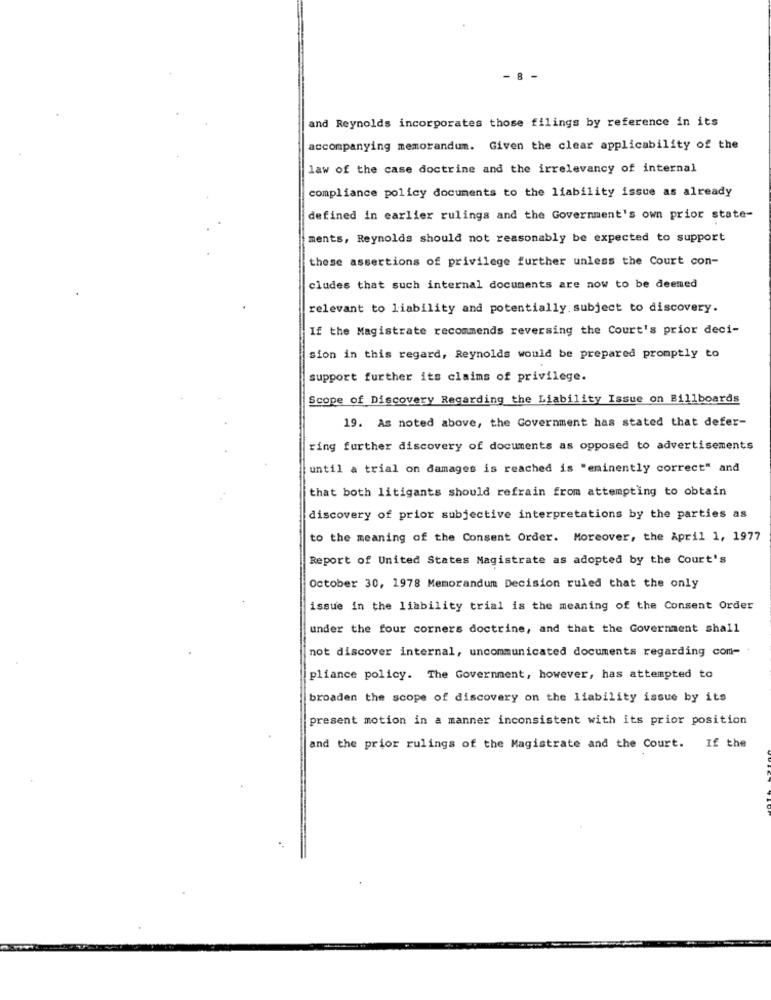
- 8 -
and Reynolds incorporates those filings by reference in its
accompanying memorandum. Given the clear applicability of the
law of the case doctrine and the irrelevancy of internal
compliance policy documents to the liability issue as already
defined in earlier rulings and the Government's own prior state-
ments, Reynolds should not reasonably be expected to support
these assertions of privilege further unless the Court con-
cludes that such internal documents are now to be deemed
relevant to liability and potentially. subject to discovery.
If the Magistrate recommends reversing the Court's prior deci-
sion in this regard, Reynolds would be prepared promptly to
support further its claims of privilege.
Scope of Discovery Regarding the Liability Issue on Billboards
19. As noted above, the Government has stated that defer-
ring further discovery of documents as opposed to advertisements
until a trial on damages is reached is "eminently correct" and
that both litigants should refrain from attempting to obtain
discovery of prior subjective interpretations by the parties as
to the meaning of the Consent Order. Moreover, the April 1, 1977
Report of United States Magistrate as adopted by the Court's
October 30, 1978 Memorandum Decision ruled that the only
issue in the liability trial is the meaning of the Consent Order
under the four corners doctrine, and that the Government shall
not discover internal, uncommunicated documents regarding com-
pliance policy. The Government, however, has attempted to
broaden the scope of discovery on the liability issue by its
present motion in a manner inconsistent with its prior position
and the prior rulings of the Magistrate and the Court. If the